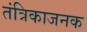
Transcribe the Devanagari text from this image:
तंत्रिकाजनक